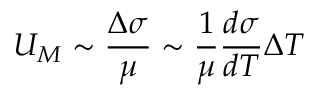
U _ { M } \sim { \frac { \Delta \sigma } { \mu } } \sim { \frac { 1 } { \mu } } { \frac { d \sigma } { d T } } \Delta T